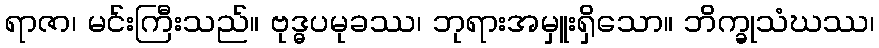
ရာဇာ၊ မင်းကြီးသည်။ ဗုဒ္ဓပမုခဿ၊ ဘုရားအမှူးရှိသော။ ဘိက္ခုသံဃဿ၊